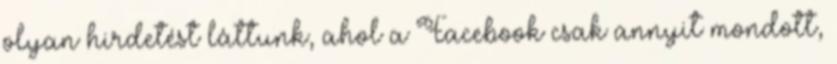
olyan hirdetést láttunk, ahol a Facebook csak annyit mondott,